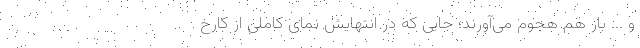
و ... باز هم هجوم می‌آورند؛ جایی که در انتهایش نمای کاملی از کارخ